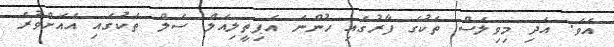
އެވެ. އަދި މިވިލަސް ތަކުގެ ފާރުގައި ހުންނަ އެޕިތީލިއަލް ސެލް ތަކުގައި އެއަށްވުރެ